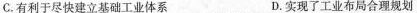
C.有利于尽快建立基础工业体系 D.实现了工业布局合理规划